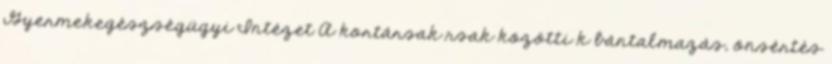
Gyermekegészségügyi Intézet A kortársak rsak közötti k bántalmazás, önsértés